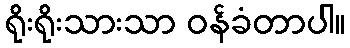
ရိုးရိုးသားသာ ဝန်ခံတာပါ။